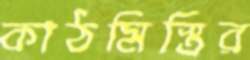
কাঠমিস্ত্রির